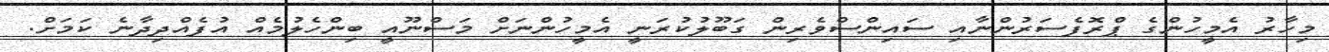
މިހާރު އެމީހުންގެ ޕްރޮފެސަރުންނާއި ސައިންސްވެރިން ގަބޫލުކުރަނީ އެމީހުންނަށް މަސްނޫއީ ބިންހެލުމެއް އުފެއްދިދާނެ ކަމަށް.